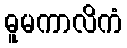
ဓူမကာလိကံ